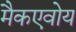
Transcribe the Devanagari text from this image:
मैकएवोय